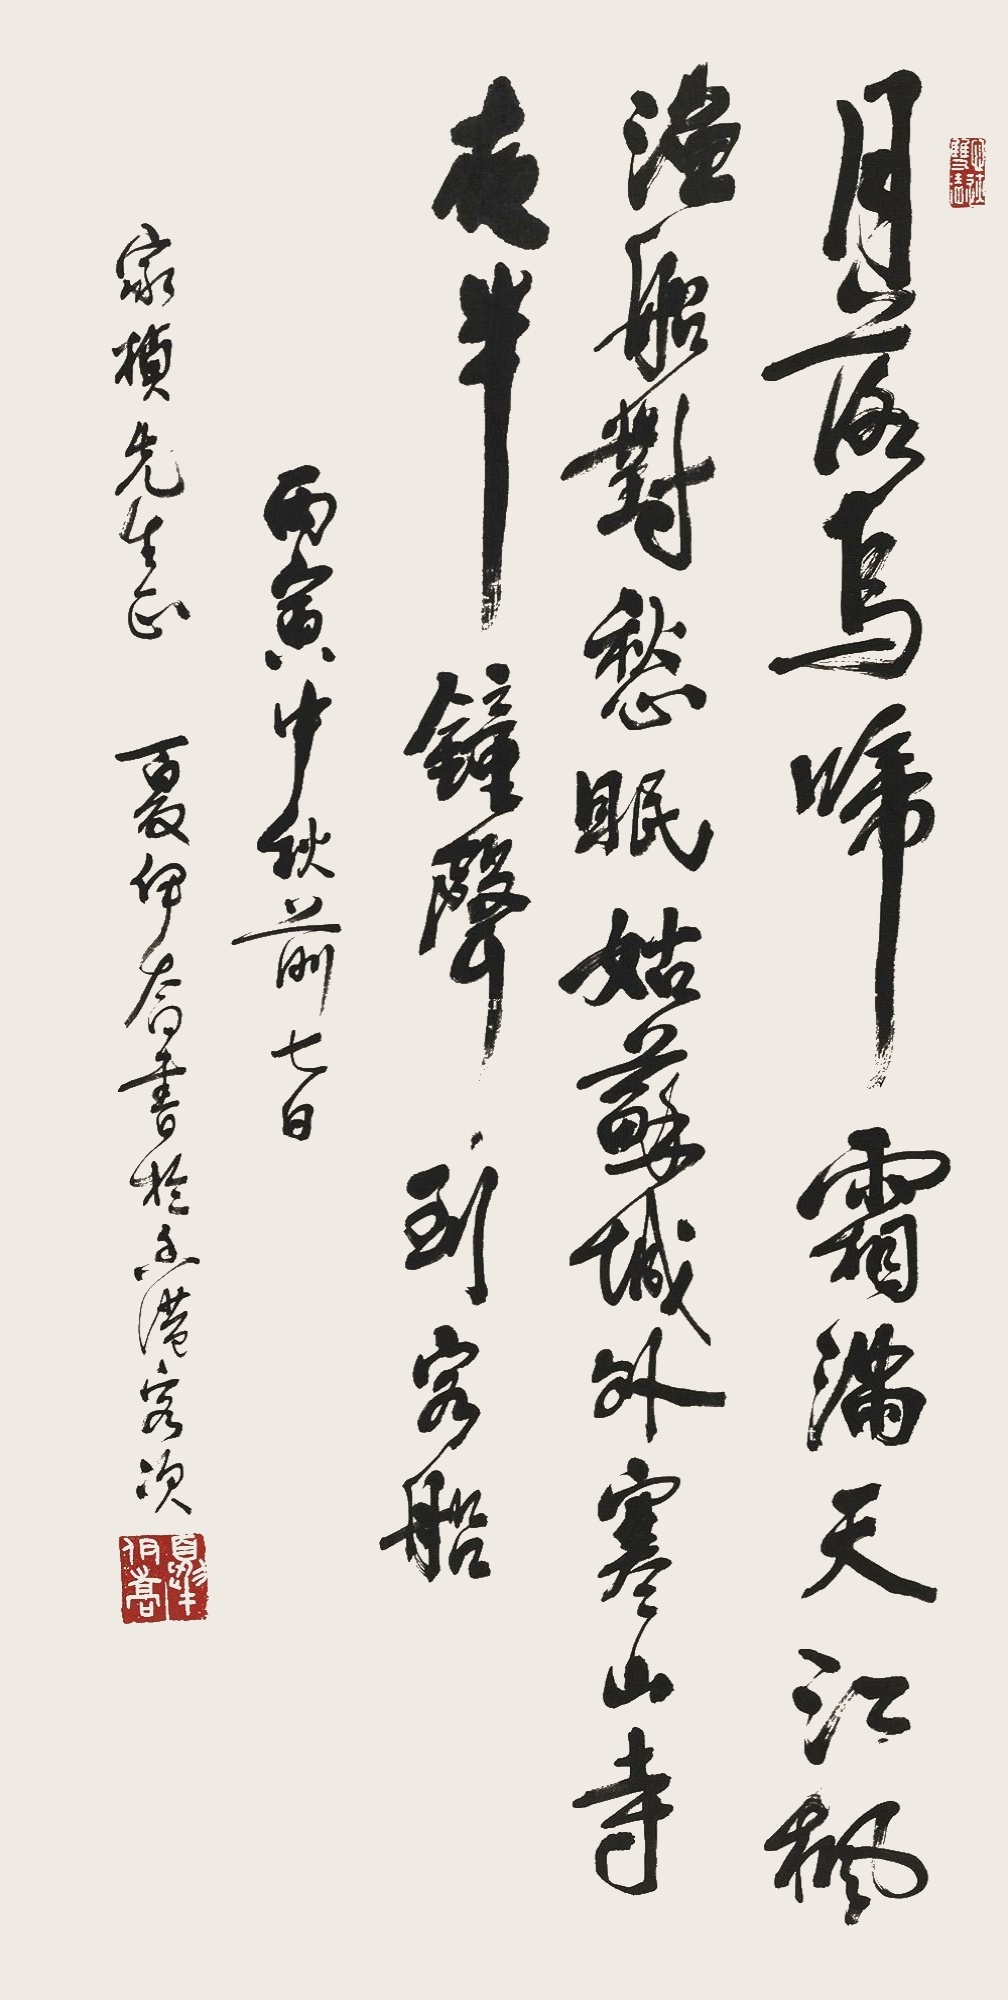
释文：月落乌啼霜满天，江枫渔火对愁眠。姑苏城外寒山寺，夜半钟声到客船。丙寅中秋前七日，家祯先生正，夏伊乔书于香港客次。